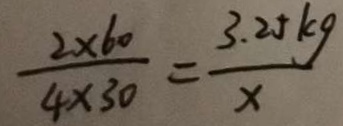
\frac { 2 \times 6 0 } { 4 \times 3 0 } = \frac { 3 . 2 5 k g } { x }